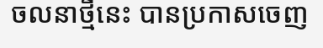
ចលនាថ្មីនេះ បានប្រកាសចេញ